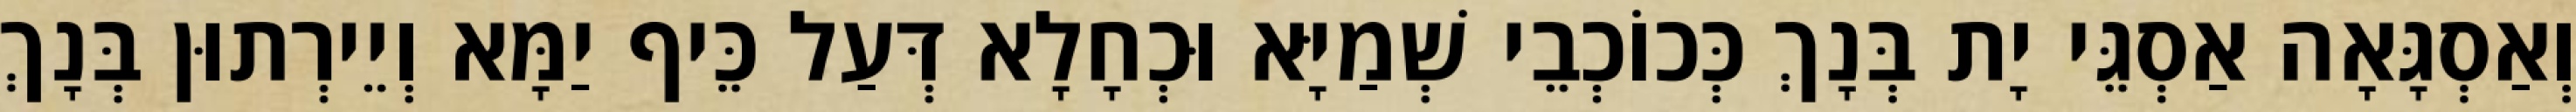
וְאַסְגָּאָה אַסְגֵּי יָת בְּנָךְ כְּכוֹכְבֵי שְׁמַיָּא וּכְחָלָא דְּעַל כֵּיף יַמָּא וְיֵירְתוּן בְּנָךְ